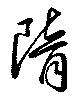
隋